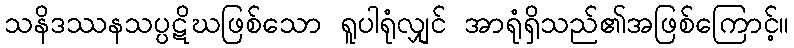
သနိဒဿနသပ္ပဋိဃဖြစ်သော ရူပါရုံလျှင် အာရုံရှိသည်၏အဖြစ်ကြောင့်။